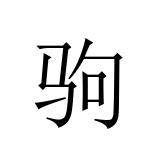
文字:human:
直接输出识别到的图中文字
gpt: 驹